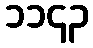
၁၁၄၃